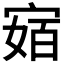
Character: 𭔅